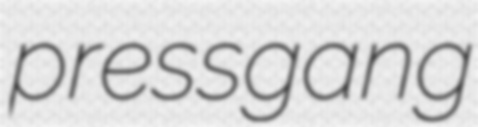
pressgang